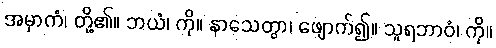
အမှာကံ၊ တို့၏။ ဘယံ၊ ကို။ နာသေတွာ၊ ဖျောက်၍။ သူရဘာဝံ၊ ကို။